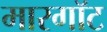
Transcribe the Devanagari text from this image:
मारगॉट